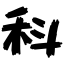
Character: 科